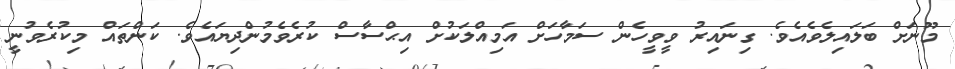
މޫނަށް ބަލައިލެވެއެވެ. ގިނައިރު ވީވީހެން ސަމާހަށް އަމިއްލަކުށް އިޙްސާސް ކުރެވެމުންދިޔައެވެ. ކަންތައް މިކުރެވުނީ